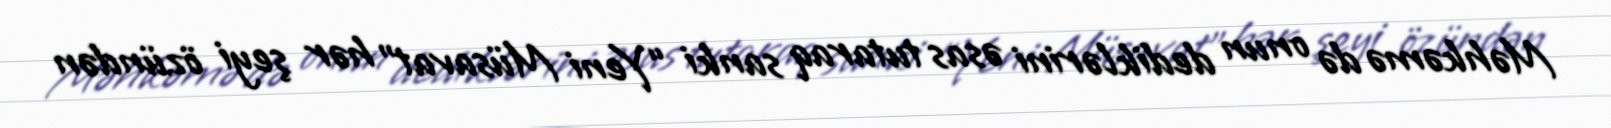
Məhkəmə də onun dediklərini əsas tutaraq sanki “Yeni Müsavat” hər şeyi özündən